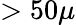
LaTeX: >50\mu